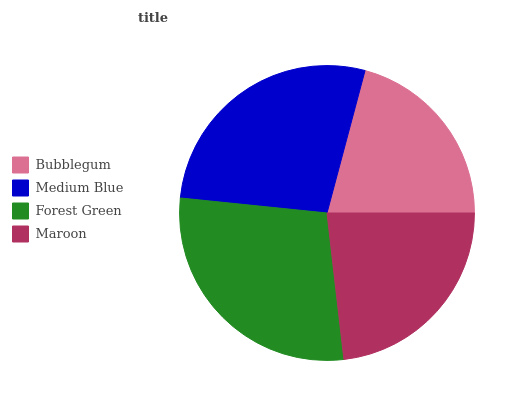
| Bubblegum | Medium Blue | Forest Green | Maroon |
 | --- | --- | --- | --- |
 | 20.8% | 27.5% | 28.5% | 23.2% |